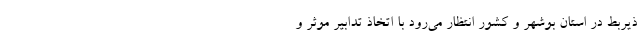
ذیربط در استان بوشهر و کشور انتظار می‌رود با اتخاذ تدابیر موثر و